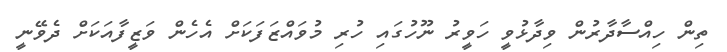
ތިން ހިއްސާދާރުން ވިދާޅުވީ ހަވީރު ނޫހުގައި ހުރި މުވައްޒަފަކަށް އެހެން ވަޒީފާއަކަށް ދެވޭނީ